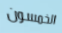
الخمسون